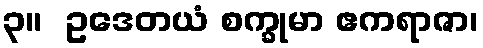
၃။  ဥဒေတယံ စက္ခုမာ ဧကရာဇာ၊